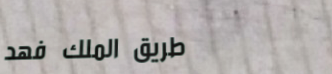
طريق الملك فهد